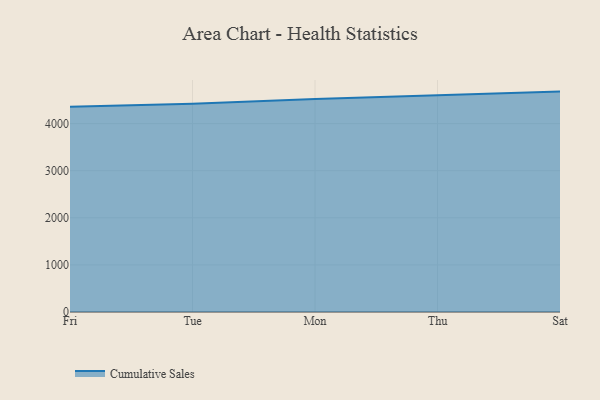
{"axis": {"x": "Day", "y": "Demand Index"}, "legend": ["Cumulative Sales"], "data": [{"x": "Fri", "y": 4355.8, "type": "Cumulative Sales"}, {"x": "Tue", "y": 4421.3, "type": "Cumulative Sales"}, {"x": "Mon", "y": 4523.0, "type": "Cumulative Sales"}, {"x": "Thu", "y": 4607.3, "type": "Cumulative Sales"}, {"x": "Sat", "y": 4679.7, "type": "Cumulative Sales"}]}